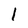
Character: 1